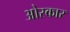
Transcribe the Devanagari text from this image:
ओस्कार